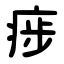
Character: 㾟